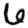
Digit: 6